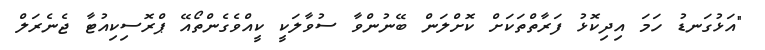
"އަޅުގަނޑު ހަމަ އިދިކޮޅު ފަރާތްތަކަށް ކޮށްލަން ބޭނުންވާ ސުވާލަކީ ކީއްވެގެންތޯއޭ ޕްރޮސިކިއުޓާ ޖެނެރަލް